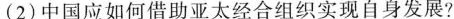
(2)中国应如何借助亚太经合组织实现自身发展?